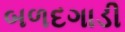
બળદગાડી